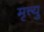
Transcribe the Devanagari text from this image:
मृत्त्यु